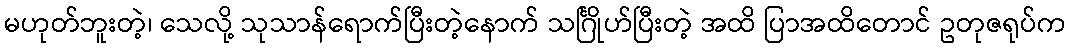
မဟုတ်ဘူးတဲ့၊ သေလို့ သုသာန်ရောက်ပြီးတဲ့နောက် သင်္ဂြိုဟ်ပြီးတဲ့ အထိ ပြာအထိတောင် ဥတုဇရုပ်က